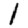
Digit: 1